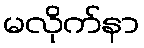
မလိုက်နာ